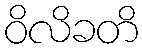
ဝိလိခတိ